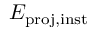
E _ { \mathrm { p r o j , i n s t } }